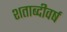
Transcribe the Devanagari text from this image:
शताब्दीवर्ष